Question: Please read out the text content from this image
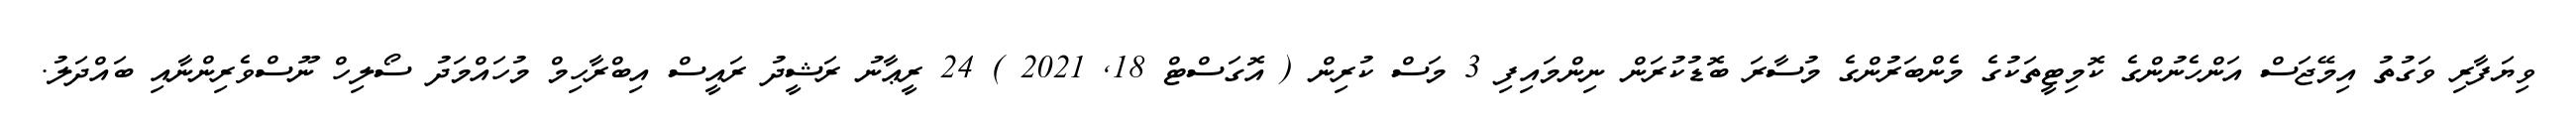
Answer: ވިޔަފާރި ވަގުތު އިމޭޖަސް އަންހެނުންގެ ކޮމިޓީތަކުގެ މެންބަރުންގެ މުސާރަ ބޮޑުކުރަން ނިންމައިފި 3 މަސް ކުރިން ( އޮގަސްޓް 18, 2021 ) 24 ރީޢާނު ރަޝީދު ރައީސް އިބްރާހިމް މުހައްމަދު ސޯލިހް ނޫސްވެރިންނާއި ބައްދަލު.